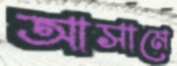
আসামে